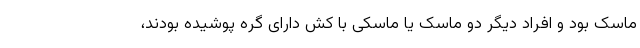
ماسک بود و افراد دیگر دو ماسک یا ماسکی با کش دارای گره پوشیده بودند،